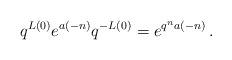
LaTeX: \begin{align*} q^{L(0)}e^{a(-n)}q^{-L(0)}=e^{q^na(-n)}\,.\end{align*}